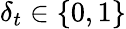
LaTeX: {\delta}_{t}\in\{ 0,1\}